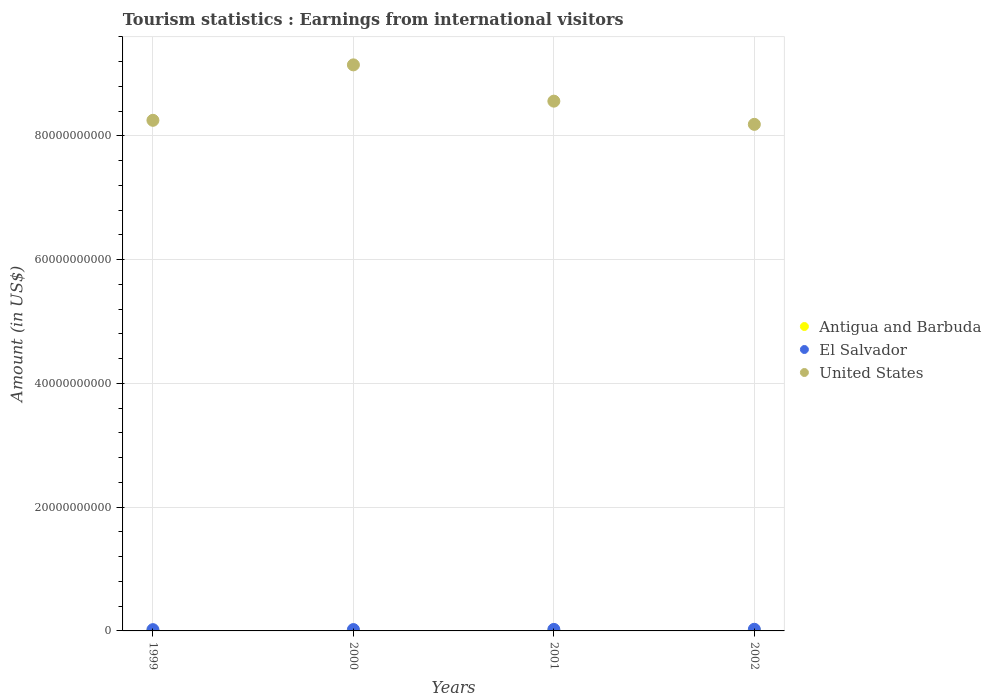
| Years | Antigua and Barbuda | El Salvador | United States |
 | --- | --- | --- | --- |
 | 1999 | 3e+07 | 2.05e+08 | 8.25e+10 |
 | 2000 | 3.1e+07 | 2.19e+08 | 9.15e+10 |
 | 2001 | 3.2e+07 | 2.47e+08 | 8.56e+10 |
 | 2002 | 3.3e+07 | 2.66e+08 | 8.19e+10 |